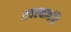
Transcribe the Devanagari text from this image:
तवस्थानंहि